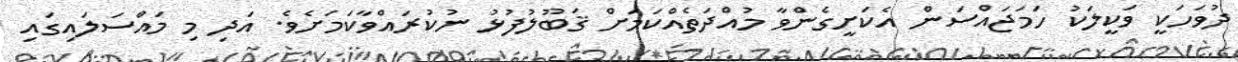
ދުވަހަކީ ވަކީލަކު ހަމަޖައްސަން އެކަށީގެންވާ މުއްދަތެއްކަމަށް ޤަބޫލުފުޅު ނުކުރައްވާކަމަށެވެ. އަދި މި މައްސަލައިގައި